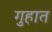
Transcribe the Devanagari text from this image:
गुहात